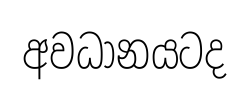
අවධානයටද